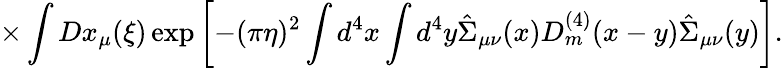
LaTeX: \times\int Dx_{\mu}(\xi)\exp\left[-(\pi\eta)^{2}\int d^{4}x\int d^{4}y\hat{\Sigma}_{\mu\nu}(x)D_{m}^{(4)}(x-y)\hat{\Sigma}_{\mu\nu}(y)\right].